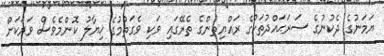
ޔަމަނުގެ ދެކުނުގެ ސަރަޙައްދުތަކުގެ ރައްޔިތުންގެ ތެރޭގައި ވަކި ވެގަތުމުގެ ޚިޔާލު ކޮންމެވެސް ވަރަކަށް